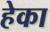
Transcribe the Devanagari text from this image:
हेका